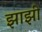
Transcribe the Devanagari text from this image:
झाझी